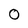
Character: O